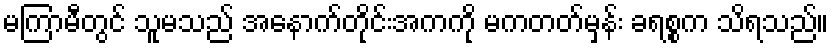
မကြာမီတွင် သူမသည် အနောက်တိုင်းအကကို မကတတ်မှန်း ခရစ္စက သိရသည်။